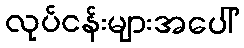
လုပ်ငန်းများအပေါ်